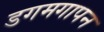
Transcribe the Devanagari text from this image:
डगमगापन